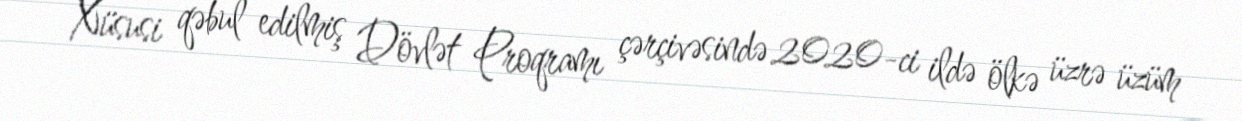
Xüsusi qəbul edilmiş Dövlət Proqramı çərçivəsində 2020-ci ildə ölkə üzrə üzüm